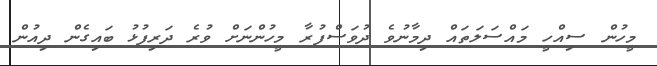
މީހުން ސިއްހީ މައްސަލަތައް ދިމާނުވެ ދުވަސްފުރާ މީހުންނަށް ވުރެ ދަރިފުޅު ބައިގެން ދިއުން